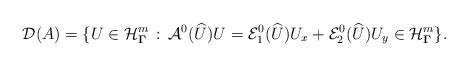
LaTeX: \begin{align*}\mathcal{D}(A)=\{ U\in \mathcal{H}_{\boldsymbol\Gamma}^m\,:\, \mathcal{A}^0(\widehat U)U=\mathcal{E}_1^0(\widehat U)U_x + \mathcal{E}_2^0(\widehat U) U_y\in\mathcal{H}_{\boldsymbol\Gamma}^m\}.\end{align*}